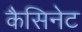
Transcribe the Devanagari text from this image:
कैसिनेट